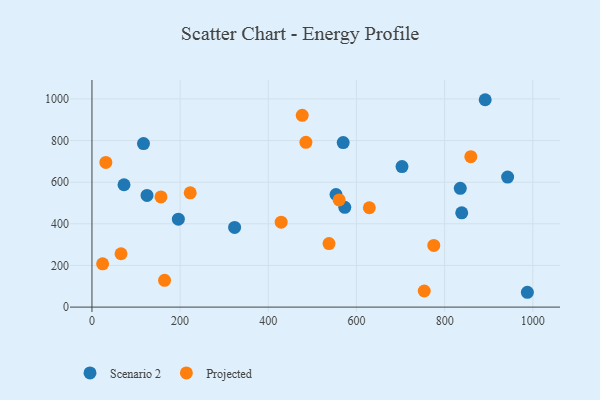
{"axis": {"x": "Speed", "y": "Salary"}, "legend": ["Projected", "Scenario 2"], "data": [{"x": "703.3", "y": 675.1, "type": "Scenario 2"}, {"x": "124.9", "y": 536.2, "type": "Scenario 2"}, {"x": "116.9", "y": 785.3, "type": "Scenario 2"}, {"x": "987.7", "y": 71.2, "type": "Scenario 2"}, {"x": "323.6", "y": 382.7, "type": "Scenario 2"}, {"x": "942.9", "y": 624.7, "type": "Scenario 2"}, {"x": "553.6", "y": 540.9, "type": "Scenario 2"}, {"x": "569.9", "y": 790.1, "type": "Scenario 2"}, {"x": "835.5", "y": 570.3, "type": "Scenario 2"}, {"x": "892.0", "y": 996.1, "type": "Scenario 2"}, {"x": "196.0", "y": 422.3, "type": "Scenario 2"}, {"x": "838.8", "y": 452.6, "type": "Scenario 2"}, {"x": "573.5", "y": 479.1, "type": "Scenario 2"}, {"x": "72.7", "y": 587.7, "type": "Scenario 2"}, {"x": "537.7", "y": 305.1, "type": "Projected"}, {"x": "164.7", "y": 128.8, "type": "Projected"}, {"x": "24.2", "y": 207.9, "type": "Projected"}, {"x": "65.9", "y": 256.3, "type": "Projected"}, {"x": "560.7", "y": 514.7, "type": "Projected"}, {"x": "222.9", "y": 548.9, "type": "Projected"}, {"x": "429.2", "y": 408.0, "type": "Projected"}, {"x": "629.2", "y": 477.1, "type": "Projected"}, {"x": "477.0", "y": 921.0, "type": "Projected"}, {"x": "156.5", "y": 529.4, "type": "Projected"}, {"x": "485.3", "y": 791.4, "type": "Projected"}, {"x": "775.4", "y": 296.1, "type": "Projected"}, {"x": "31.5", "y": 695.1, "type": "Projected"}, {"x": "859.4", "y": 722.4, "type": "Projected"}, {"x": "753.8", "y": 77.3, "type": "Projected"}]}